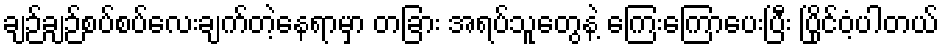
ချဉ်ချဉ်စပ်စပ်လေးချက်တဲ့နေရာမှာ တခြား အရပ်သူတွေနဲ့ ကြေးကြောပေးပြီး ပြိုင်ဝံ့ပါတယ်